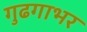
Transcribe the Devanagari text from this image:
गुढगाभर